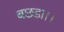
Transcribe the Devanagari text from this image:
बछडा।।